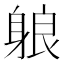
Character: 躴